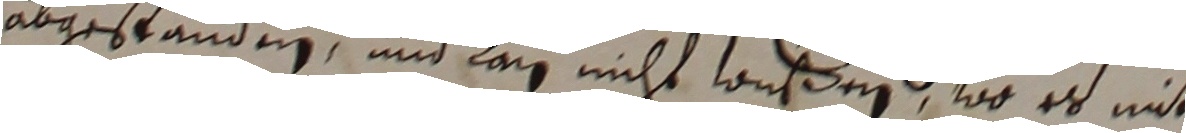
abgestanden und lan nicht wurden, wo es mit